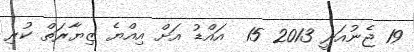
19 ޖެނުއަރީ 2013 15  އައްޑު އަށް އިއްޔެ ޒިޔާރަތް ކުރި